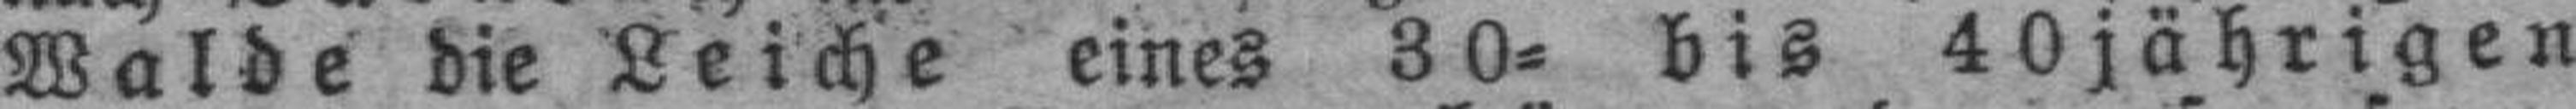
Walde die Leiche eines 3´0= bis 40jährigen